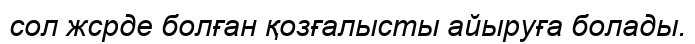
сол жсрде болған қозғалысты айыруға болады.